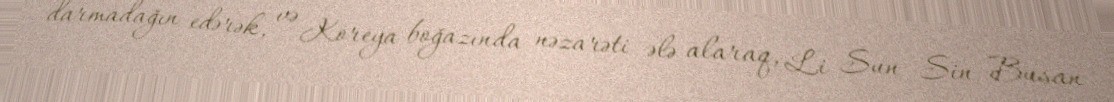
darmadağın edərək, və Koreya boğazında nəzarəti ələ alaraq, Li Sun Sin Busan